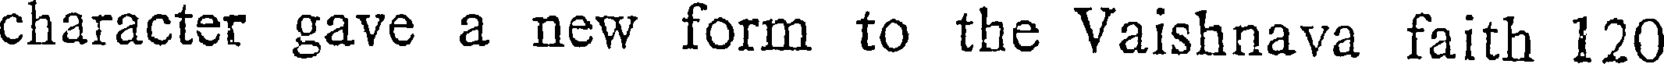
character gave a new form to the Vaishnava faith 120